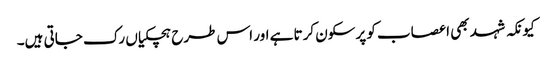
کیونکہ شہد بھی اعصاب کو پرسکون کرتا ہے اور اس طرح ہچکیاں رک جاتی ہیں۔